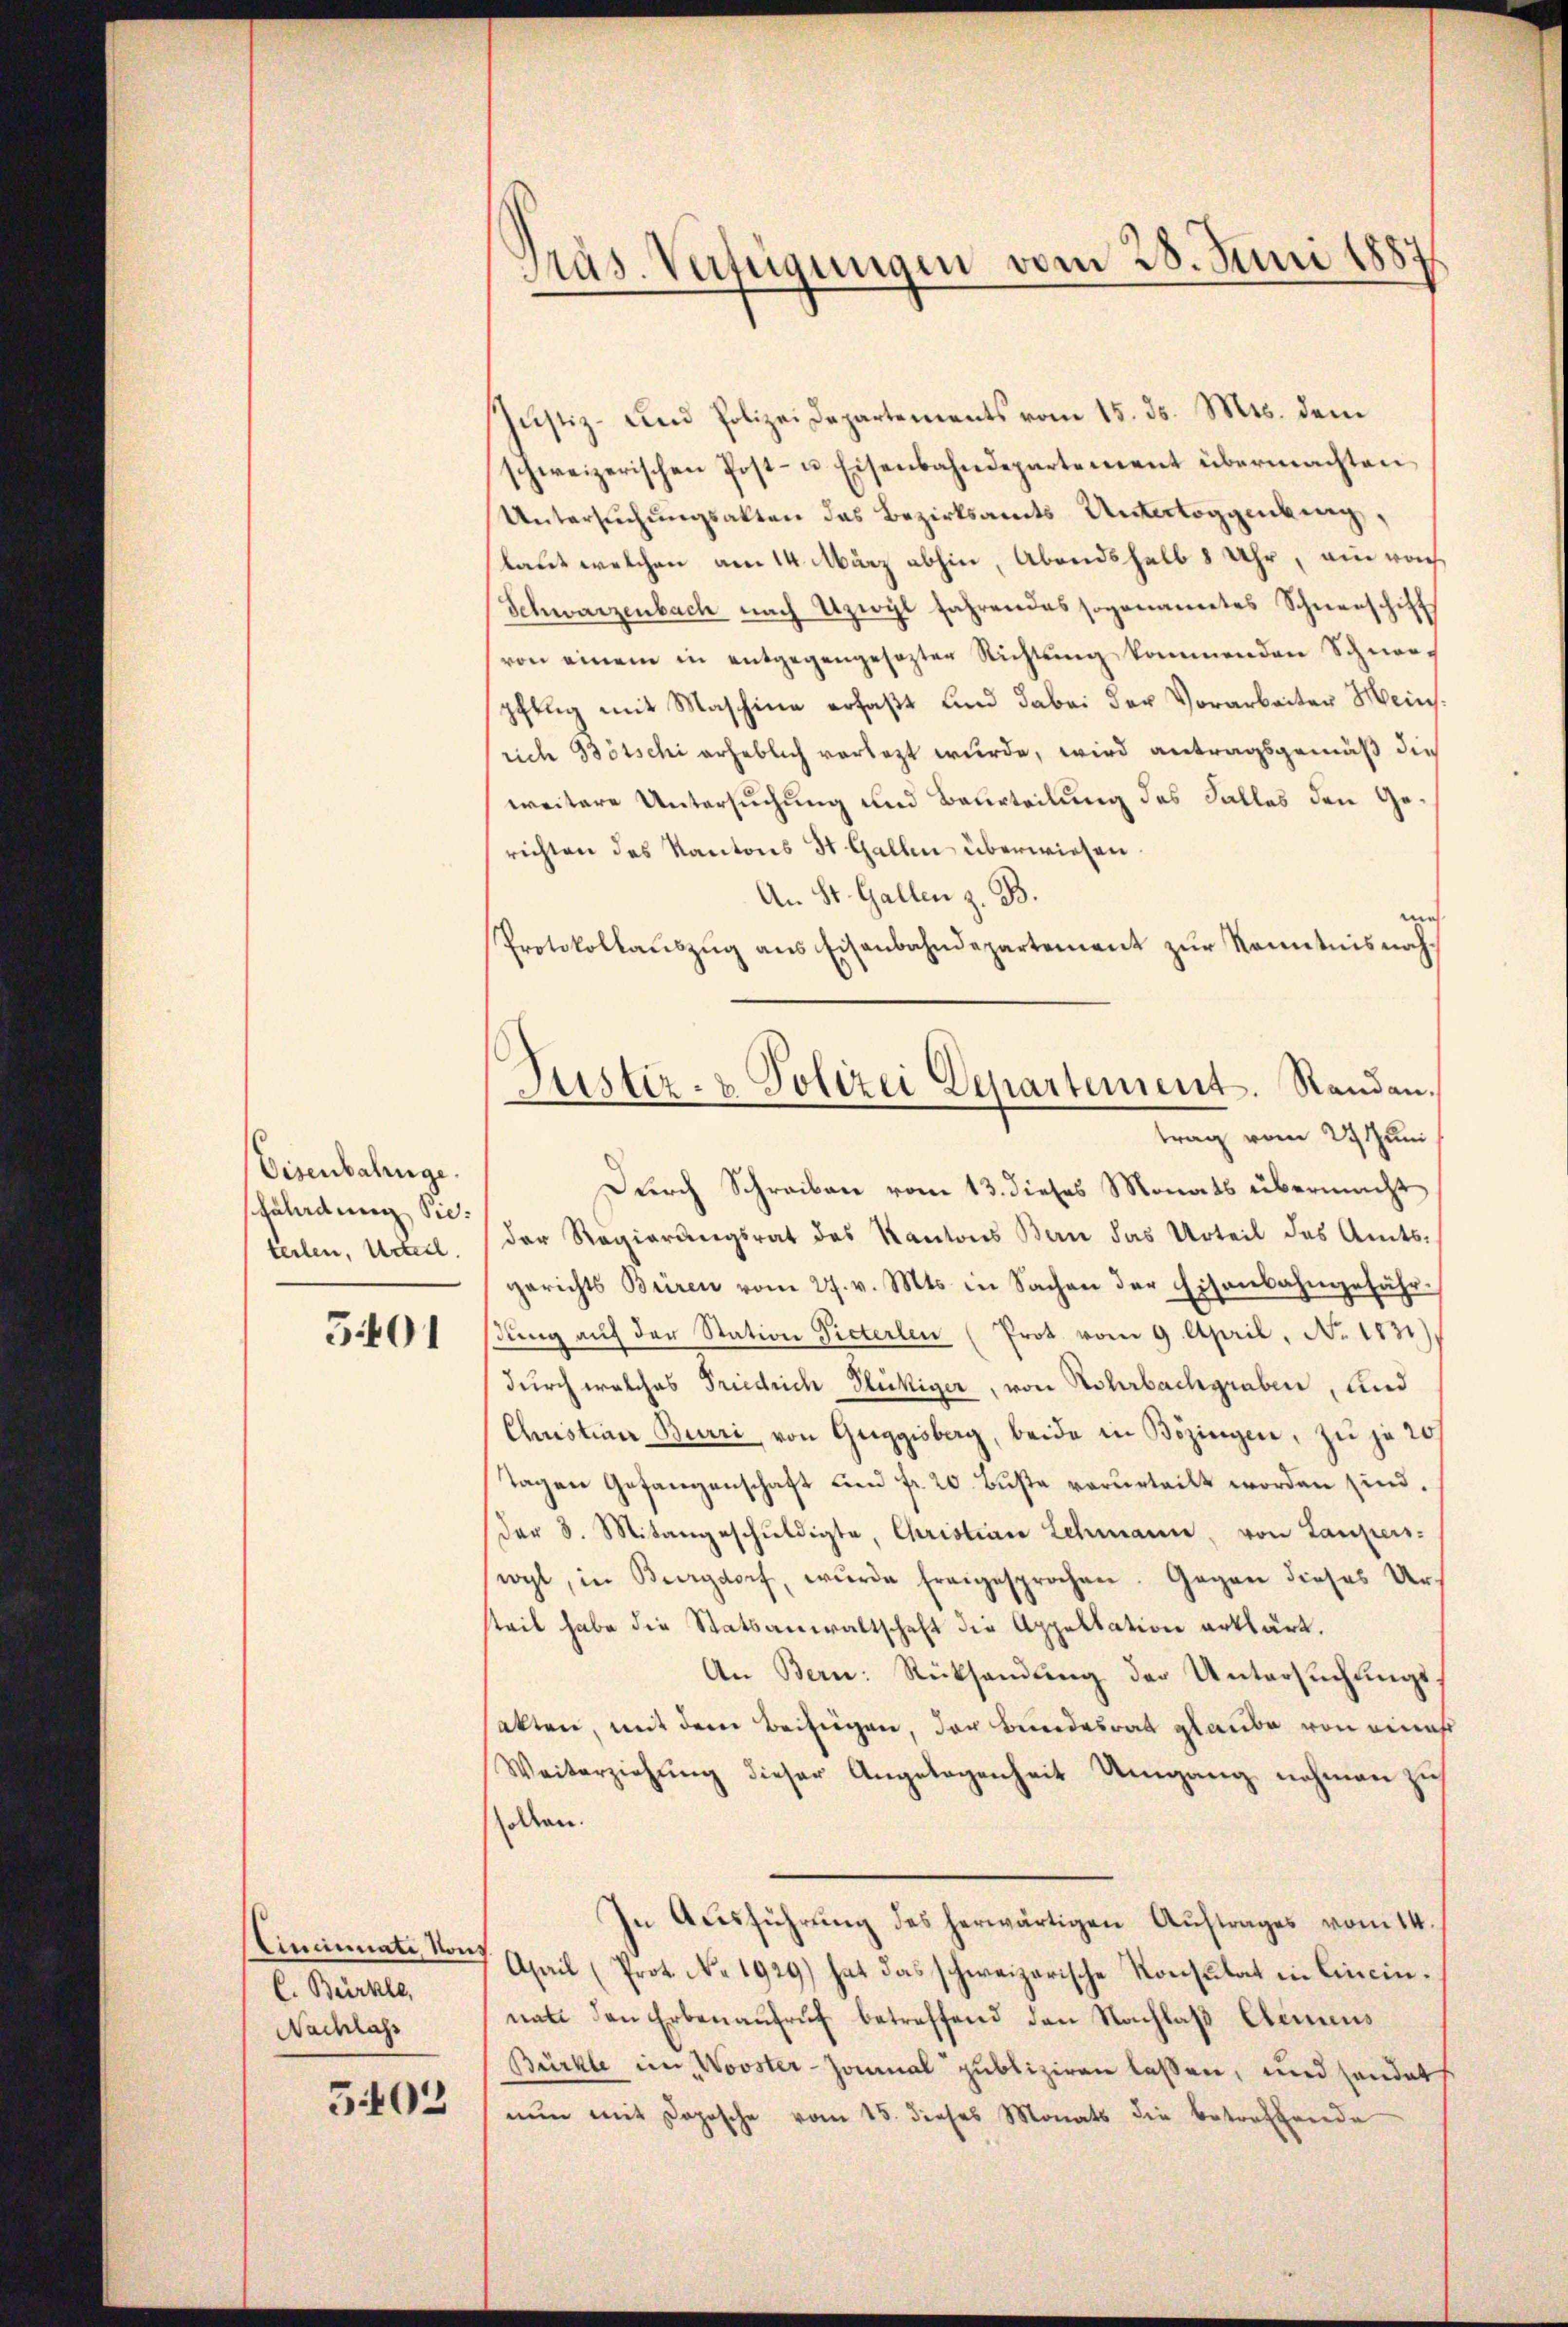
Eisenbahnge.
scaladung Sieteilen, Unterl.

5401

Cincinate, von
C. Bürkle,
Nachlass

503

Präs. Verfügungen vom 28. Juni 1887

Jŭstiz- und Polizeidepartements vom 15. ds. Mts. dem
schweizerischen Post- u. Eisenbahndepartement übermachten
Untersŭchŭngsakten das Bezirksamts Untertoggenburg,
laut welchen am 14. März abhin, Abendshalb 8 Uhr, ein von
Schwarzenbach nach Uzwyl fahrendes sogananetes Schneeschiff
(von einem in entgegengesezter Richtung kommenden Schneef
pflug mit Maschine erfaßt und dabei der Vorarbeiter Meinsrich Bötschi erheblich vorlegt wurde, wird antragsgemäß die
weitere Untersuchung und Beurteilung des Falles den Gerichten des Kantons St. Gallen überwiesen.
An St. Gallen z. B.
mi
Protokollaŭszŭg ans Eisenbahndepartement zŭr Kenntnis nach
trag vom 27. Juni
Durch Schreiben vom 13. dieses Monats übermacht
der Regierungsrat des Kantons Bern das Urteil des Amtsgerichts Büren vom 27. v. Mts. in Sachen der Eisenbahngefährdŭng aŭf der Station Pieterlen (Prot. vom 9. April, No. 1831)
durch welches Friedrich Glückiger, von Rohrbachgraben, und
Christian Burri, von Guggisberg, beide in Bözingen, zu je 20/
Tagen Gefangenschaft und fr. 20. Büste verurteilt worden sind.
der 8. Mitangeschŭldigte, Christian Lehmann, von Lauperswyl, in Burgdorf, wurde freigesprochen. Gegen dieses Ursteil habe die Statsanwaltschaft die Appellation erklärt.
An Bern: Rücksendŭng der Untersŭchŭngs-
satten, mit dem Beifügen, der Bundesrat glaube von eines
Weiterziehŭng dieser Angelegenheit Umgang nehmen zus
ollen.
In Aŭsführŭng des herwärtigen Aŭftrages vom 14.
April (Prot. No. 1929) hat das schweizerische Konsulat in Cincin.
nat den Erben aŭfrŭf betreffend den Nachlaβ Clemens
Bürkle im „Wovster-Zonmal publiziren lassen, und handet
nun mit Dopische vom 15. dieses Monats die betreffende

Justiz- & Polizei Departement. Randen.